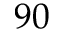
9 0